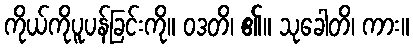
ကိုယ်ကိုပူပန်ခြင်းကို။ ဝဒတိ၊ ၏။ သုခေါတိ၊ ကား။